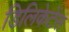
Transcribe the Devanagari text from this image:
डिलिकेटेंस